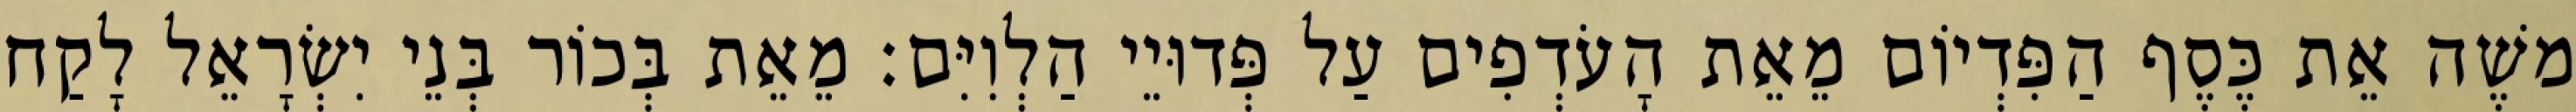
משֶׁה אֵת כֶּסֶף הַפִּדְיוֹם מֵאֵת הָעֹדְפִים עַל פְּדוּיֵי הַלְוִיִּם׃ מֵאֵת בְּכוֹר בְּנֵי יִשְׂרָאֵל לָקַח